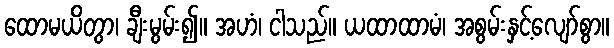
ထောမယိတွာ၊ ချီးမွမ်း၍။ အဟံ၊ ငါသည်။ ယထာထာမံ၊ အစွမ်းနှင့်လျော်စွာ။